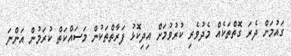
ގައުމަށް ދެރަ ގޮތްތަކެއް މެދުވެރި ކުރުވުމަށް އިދިކޮޅު ފަރާތްތަކުން މަސައްކަތް ކުރަމުން އަންނަ